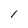
Character: l